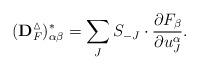
LaTeX: \begin{align*}(\bold{D}_F^{\vartriangle})^{\ast}_{\alpha\beta}=\sum_{J}S_{-J}\cdot \frac{\partial F_{\beta}}{\partial u_J^{\alpha}}.\end{align*}